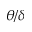
\theta / \delta